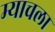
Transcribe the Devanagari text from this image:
म्याचला